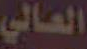
العالي